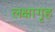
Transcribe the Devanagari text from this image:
लक्षागृह